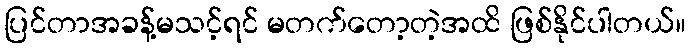
ပြင်တာအခန့်မသင့်ရင် မတက်တော့တဲ့အထိ ဖြစ်နိုင်ပါတယ်။